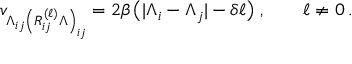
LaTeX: v _ { \Lambda _ { i j } \left( R _ { i j } ^ { ( \ell ) } \Lambda \right) _ { i j } } = 2 \beta \, \big ( | \Lambda _ { i } - \Lambda _ { j } | - \delta \ell \big ) \; , \qquad \ell \not = 0 \, .